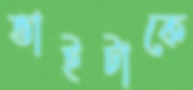
ভাইটাকে